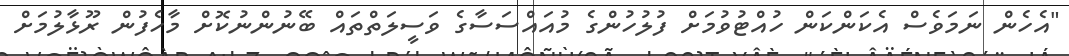
"އެހެން ނަމަވެސް އެކަންކަން ހުއްޓުވުމަށް ފުލުހުންގެ މުއައްސަސާގެ ވަސީލަތްތައް ބޭނުންނުކޮށް މާހެފުން ރޫޅާލުމަށް